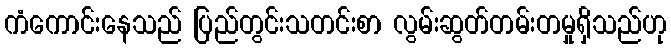
ကံကောင်းနေသည် ပြည်တွင်းသတင်းစာ လွမ်းဆွတ်တမ်းတမှုရှိသည်ဟု